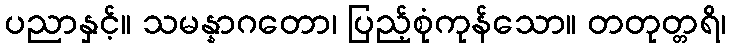
ပညာနှင့်။ သမန္နာဂတော၊ ပြည့်စုံကုန်သော။ တတုတ္တရိ၊